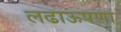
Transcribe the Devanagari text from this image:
लढाऊपणा